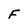
Character: F